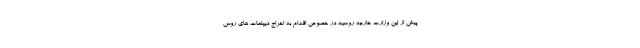
پیش از این وزارت خارجه روسیه در خصوص اقدام به اخراج دیپلمات های روس